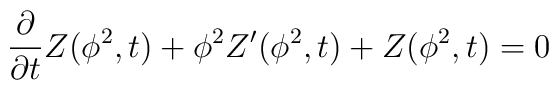
\frac{\partial}{\partial t}Z(\phi^2,t) + \phi^2 Z'(\phi^2,t) + Z(\phi^2,t)=  0